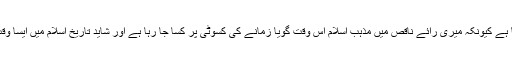
غرض کہ یہ وقت عملی کام کا ہے کیونکہ میری رائے ناقص میں مذہب اسلام اس وقت گویا زمانے کی کسوٹی پر کسا جا رہا ہے اور شاید تاریخ اسلام میں ایسا وقت اس سے پہلے کبھی نہیں آیا۔